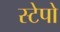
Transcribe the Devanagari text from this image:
स्टेपो